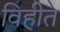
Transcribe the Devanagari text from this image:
विहीत